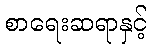
စာရေးဆရာနှင့်